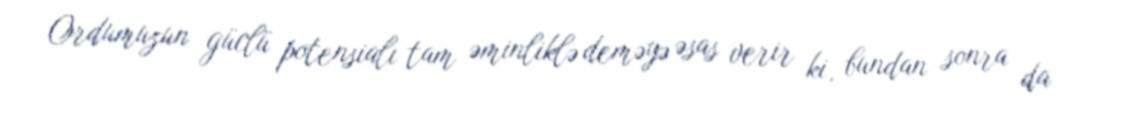
Ordumuzun güclü potensialı tam əminliklə deməyə əsas verir ki, bundan sonra da